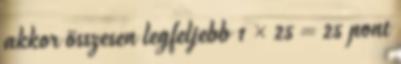
akkor összesen legfeljebb 1 × 25 = 25 pont